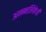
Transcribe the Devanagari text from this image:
अन्न्नलिकेची